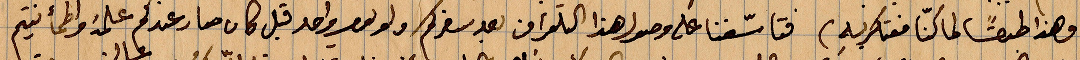
فهذا طبقًا لما كنّا مفتكر به. فتاسّفنا على وصول هذا التلغراف بعد سفركم ولم يعط واحد قبل كان صار عندكم علمه واطمأنتم